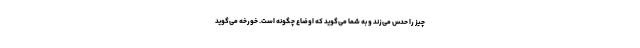
چیز را حدس می‌زند و به شما می‌گوید که اوضاع چگونه است. خورخه می‌گوید